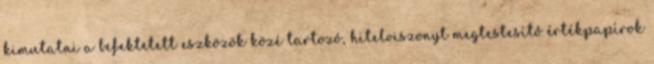
kimutatni a befektetett eszközök közé tartozó, hitelviszonyt megtestesítő értékpapírok